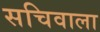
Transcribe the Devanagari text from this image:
सचिवाला